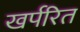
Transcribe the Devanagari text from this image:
खर्परित